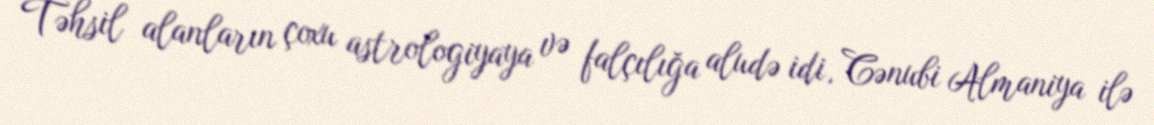
Təhsil alanların çoxu astrologiyaya və falçılığa aludə idi, Cənubi Almaniya ilə